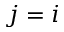
j = i